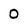
Character: O